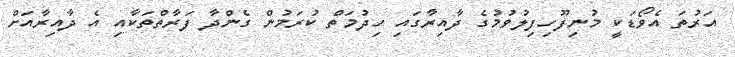
އަރުތަ އެވޯޑަކީ މުނިފޫހިފިލުވުމުގެ ދާއިރާގައި ހިދުމަތް ކުރަމުން ގެންދާ ފަރާތްތަކާއި އެ ދާއިރާއަށް